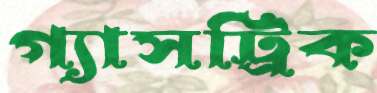
গ্যাসট্রিক